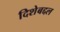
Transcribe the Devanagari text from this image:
दिशेबद्दल